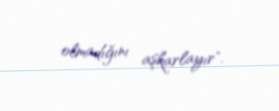
olmadığını aşkarlayır".